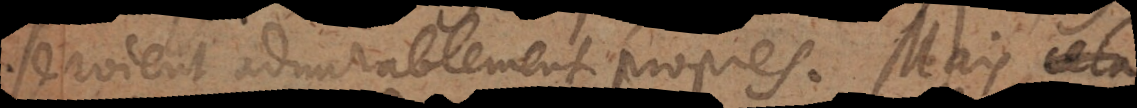
seroient admirablement propres. Mais il